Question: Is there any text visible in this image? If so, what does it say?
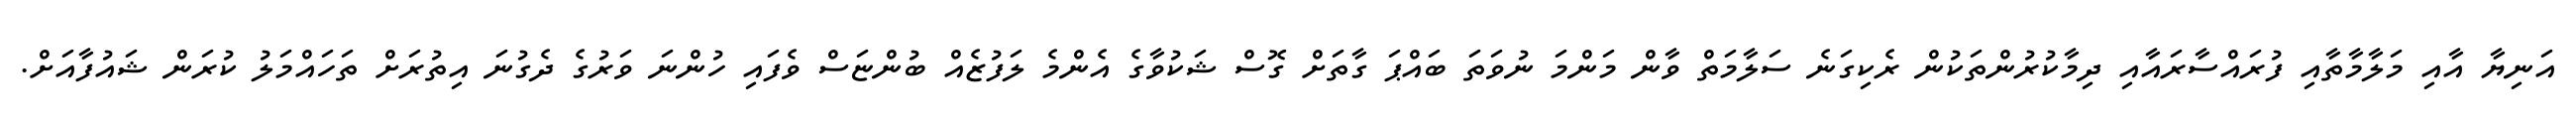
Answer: އަނިޔާ އާއި މަލާމާތާއި ފުރައްސާރައާއި ދިމާކުރުންތަކުން ރެކިގަނެ ސަލާމަތް ވާން މަންމަ ނުވަތަ ބައްޕަ ގާތަށް ގޮސް ޝަކުވާގެ އެންމެ ލަފުޒެއް ބުންޏަސް ވެފައި ހުންނަ ވަރުގެ ދެގުނަ އިތުރަށް ތަހައްމަލު ކުރަން ޝައުފާއަށް.